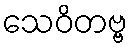
သေဝိတဗ္ဗ